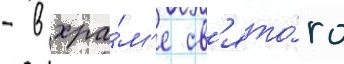
- в хра́м'е св'ято́го